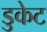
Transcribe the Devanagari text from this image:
डुकेट